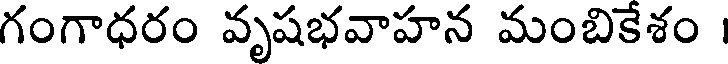
గంగాధరం వృషభవాహన మంబికేశం